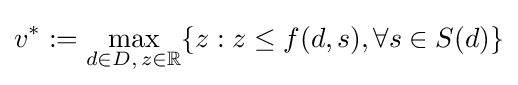
v^{*}:=\max _{d\in D,\,z\in \mathbb {R} }\{z:z\leq f(d,s),\forall s\in S(d)\}